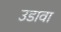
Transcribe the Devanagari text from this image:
उडावा